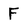
Character: F